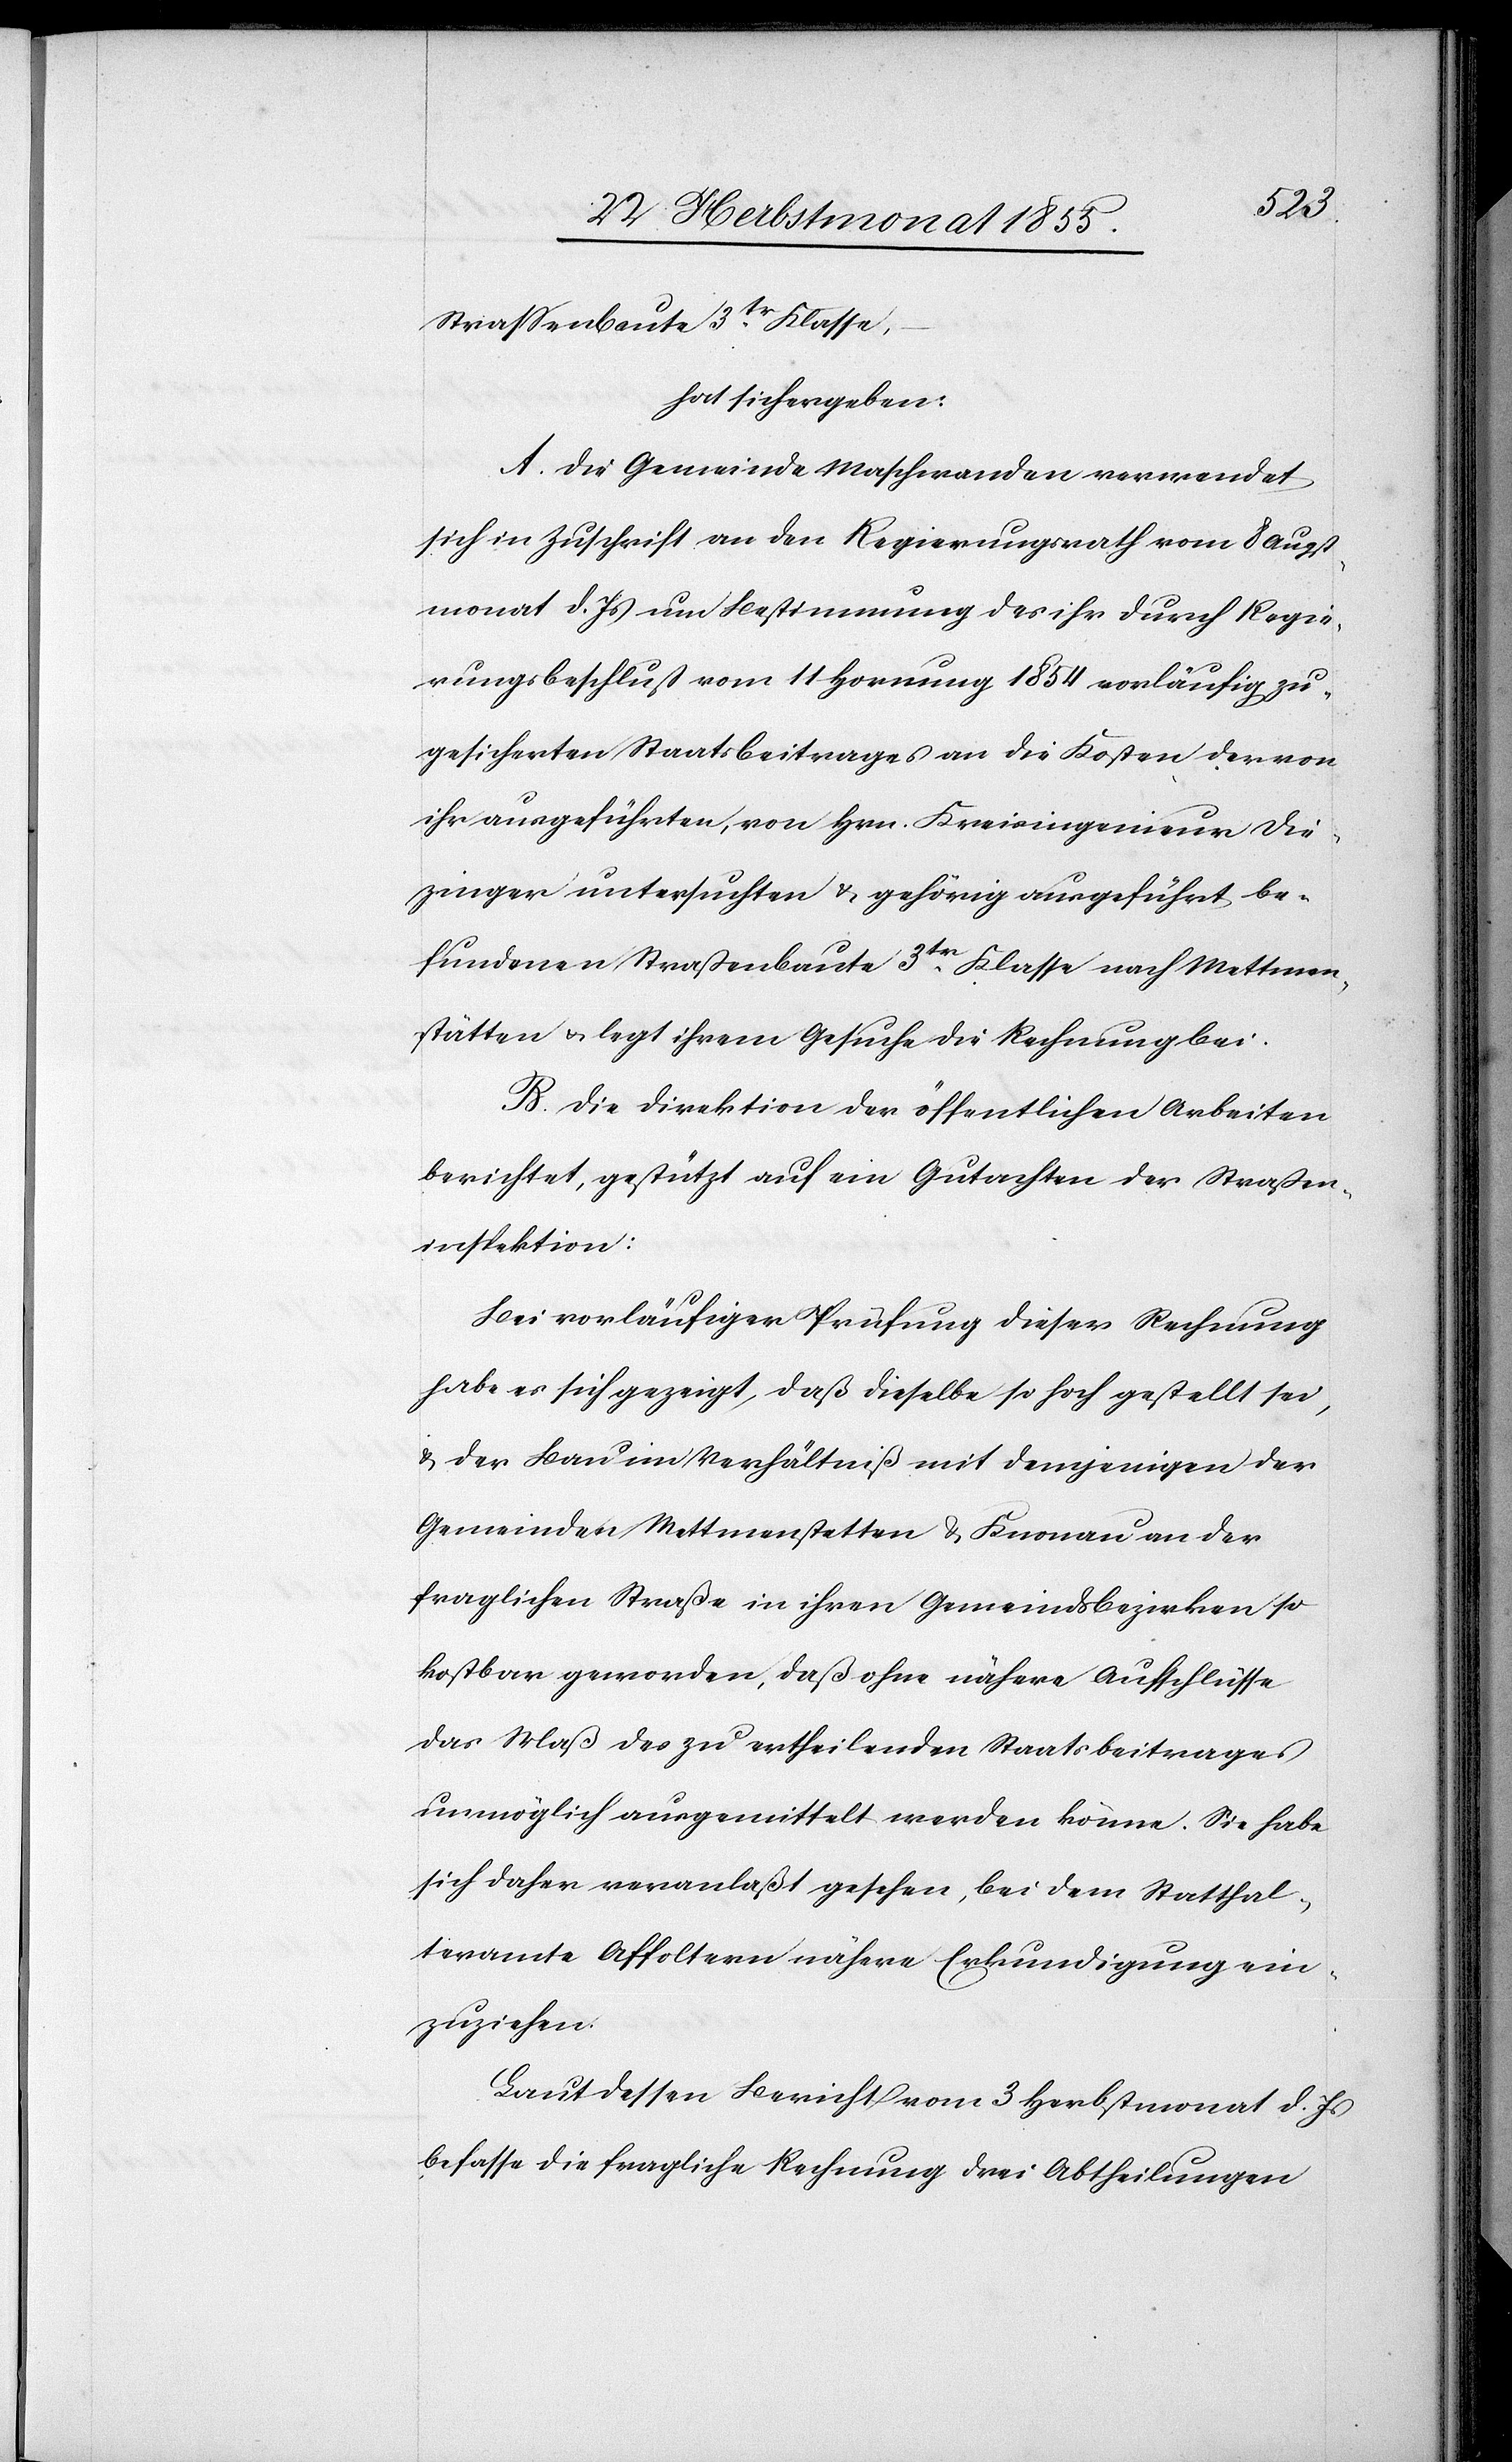
Strassenbaute 3tr. Klasse,
hat sich ergeben:
A. Die Gemeinde Maschwanden verwendet
sich in Zuschrift an den Regierungsrath vom 8 Augst¬
monat d. Js um Bestimmung des ihr durch Regie¬
rungsbeschluß vom 11 Hornung 1854 vorläufig zu¬
gesicherten Staatsbeitrages an die Kosten der von
ihr ausgeführten, von Hrn. Kreisingenieur Die¬
zinger untersuchten & gehörig ausgeführt be¬
fundenen Straßenbaute 3tr. Klasse nach Mettmen¬
stätten & legt ihrem Gesuche die Rechnung bei.
B. Die Direktion der öffentlichen Arbeiten
berichtet, gestützt auf ein Gutachten der Straßen¬
inspektion:
Bei vorläufiger Prüfung dieser Rechnung
habe es sich gezeigt, daß dieselbe so hoch gestellt sei,
& der Bau im Verhältniß mit demjenigen der
Gemeinden Mettmenstetten & Knonau an der
fraglichen Straße in ihren Gemeindsbezirken so
kostbar geworden, daß ohne nähere Aufschlüsse
das Maß des zu ertheilenden Staatsbeitrages
unmöglich ausgemittelt werden könne. Sie habe
sich daher veranlaßt gesehen, bei dem Statthal¬
teramte Affoltern nähere Erkundigung ein¬
zuziehen.
Laut dessen Bericht vom 3 Herbstmonat d. Js
befasse die fragliche Rechnung drei Abtheilungen